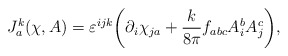
\begin{align*}J^k_a(\chi,A) = \varepsilon^{ijk} \bigg( \partial_i \chi_{ja} + {k \over 8 \pi} f_{abc}A^b_i A^c_j \bigg),\end{align*}